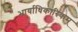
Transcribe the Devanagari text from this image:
भार्याधिकारिकम्